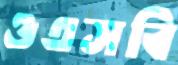
ওএসবি